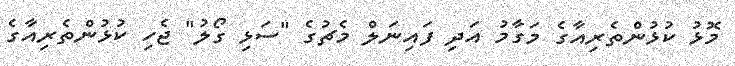
މޮޅު ކުޅުންތެރިއާގެ މަގާމު އަދި ފައިނަލް މެޗުގެ "ސަޅި ގޯލު" ޖެހި ކުޅުންތެރިއާގެ